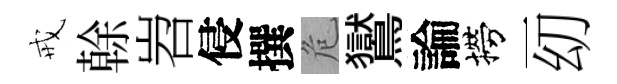
戒𠏉岧侵撰危鸑論撈一㓜